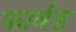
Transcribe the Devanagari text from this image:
फार्वड